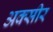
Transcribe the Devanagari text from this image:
अक्सीर